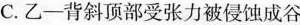
C.乙-背斜顶部受张力被侵蚀成谷